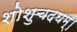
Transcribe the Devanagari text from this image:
शोशुचदघम्।